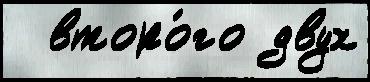
  второ́го двух